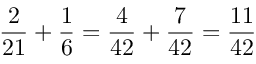
{ \frac { 2 } { 2 1 } } + { \frac { 1 } { 6 } } = { \frac { 4 } { 4 2 } } + { \frac { 7 } { 4 2 } } = { \frac { 1 1 } { 4 2 } }